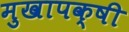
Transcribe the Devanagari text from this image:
मुखापक्षी